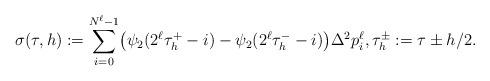
LaTeX: \begin{align*} \sigma(\tau,h) := \sum_{i = 0}^{N^\ell-1} \bigl(\psi_2(2^\ell\tau_h^+ -i) - \psi_2(2^\ell\tau_h^--i) \bigr)\Delta^2 p_i^\ell , \tau_h^\pm := \tau \pm h/2.\end{align*}